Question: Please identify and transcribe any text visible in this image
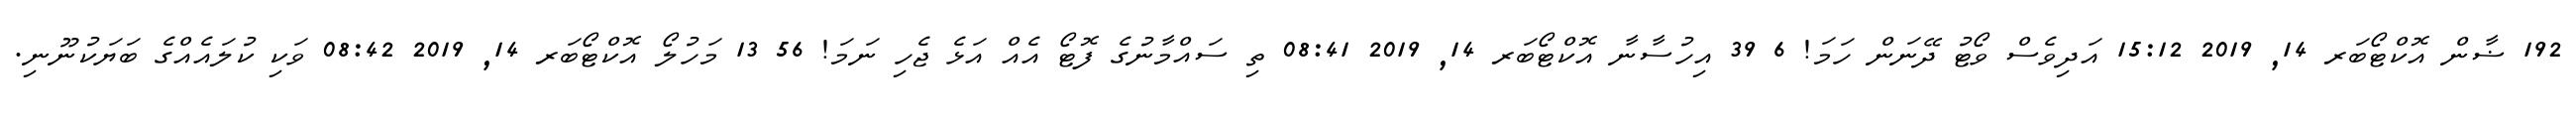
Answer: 192 ޟާން އޮކްޓޯބަރ 14, 2019 15:12 އަދިވެސް ވޯޓު ދޭނަން ހަމަ! 6 39 އިހުސާނާ އޮކްޓޯބަރ 14, 2019 08:41 ތި ސައްމާނުގެ ފޮޓޯ އެއް އަޅެ ޖެހި ނަމަ! 56 13 މަހުލޯ އޮކްޓޯބަރ 14, 2019 08:42 ވަކި ކުލައެއްގެ ބަޔަކުނޫނި.